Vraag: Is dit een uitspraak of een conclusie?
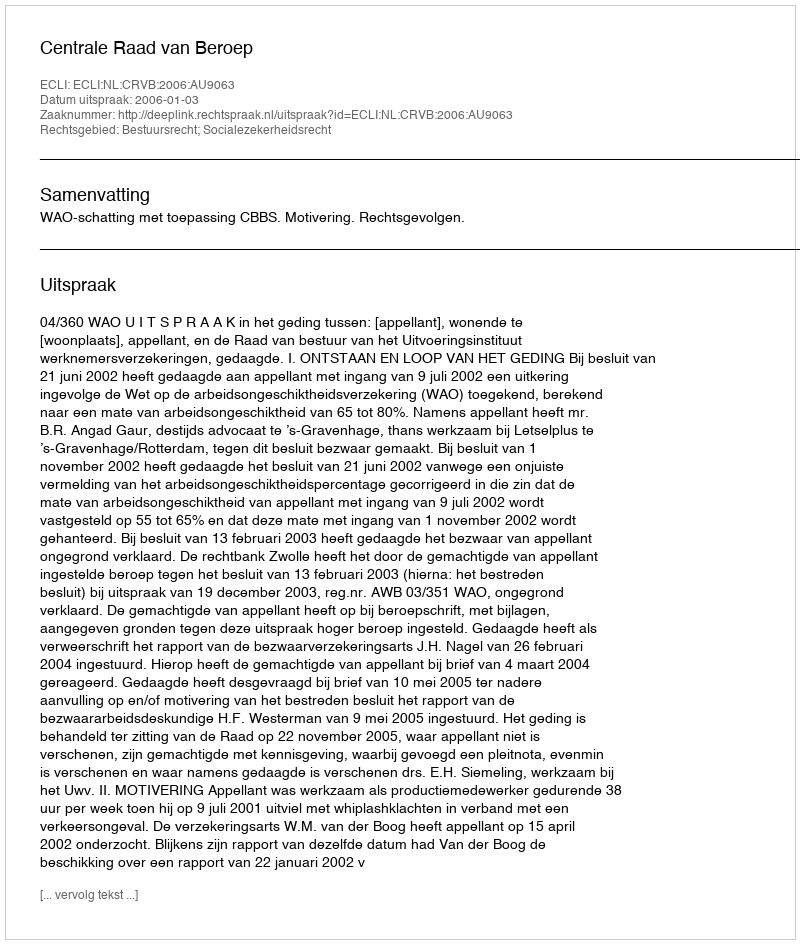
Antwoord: Uitspraak